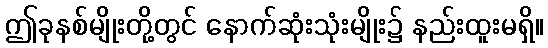
ဤခုနစ်မျိုးတို့တွင် နောက်ဆုံးသုံးမျိုး၌ နည်းထူးမရှိ။